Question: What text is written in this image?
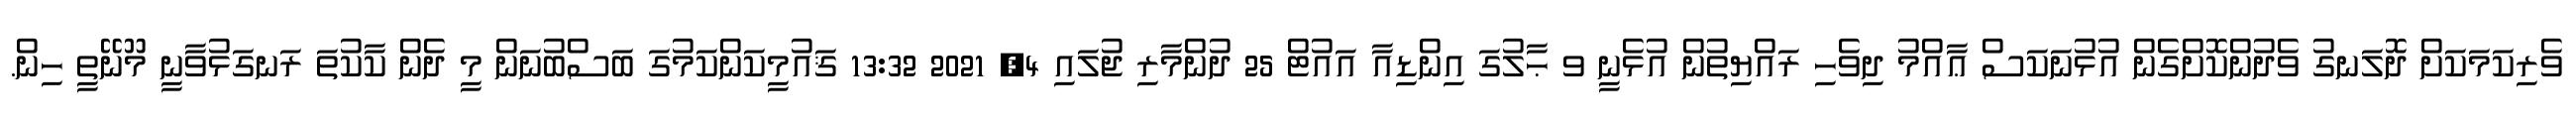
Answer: ވެރިކަމަކަށް ދޮލަނގު ވެދުންކޮށްގެން އުޅުނަކަސް ޢާއްމު ދިވެހި ރައްޔިތުން އުޅެނީ ވ ޙާލުގަ އިންޑިއާ އައުޓް 25 ދުންމާރި ޖުލައި 4, 2021 13:32 ޤައުމީކަންކަމުގަ ބަސްބުނަން މީ ދެން ކާކުތަ ރަނގަޅުވާނީ މޫނޭތީ ހިން.